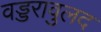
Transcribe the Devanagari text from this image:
वड्डरावुलद